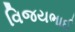
વિજયભાઈ